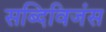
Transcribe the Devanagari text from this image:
सब्दिविजंस